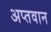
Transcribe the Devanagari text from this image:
अप्तवान